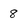
Character: 8